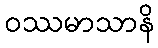
ဝဿမာသာနိ